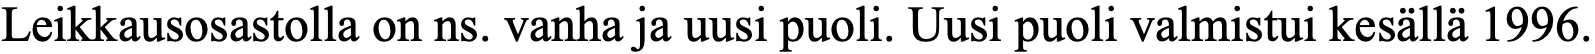
Leikkausosastolla on ns. vanha ja uusi puoli. Uusi puoli valmistui kesällä 1996.